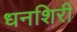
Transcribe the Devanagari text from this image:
धनशिरी